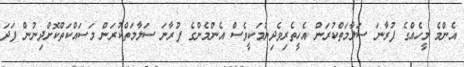
އެންމެ މީހެއްގެ ފުރާނަ ސަލާމަތްކުރަން އެހީތެރިވެދިނުމަކީވެސް އެންމެންގެ ފުރާނަ ސަލާމަތްކުރަން މަސައްކަތްކޮށްދިނުން ފަދަ